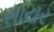
સાયર